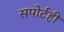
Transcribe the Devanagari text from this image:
सपोर्टही